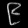
Digit: ၉